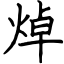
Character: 焯